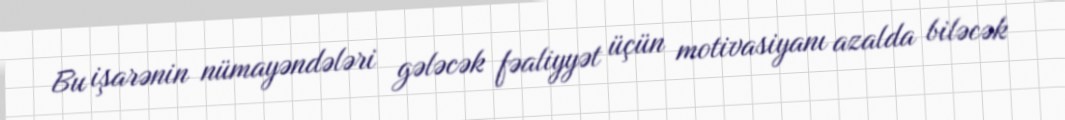
Bu işarənin nümayəndələri gələcək fəaliyyət üçün motivasiyanı azalda biləcək